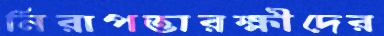
নিরাপত্তারক্ষীদের